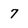
Character: 7